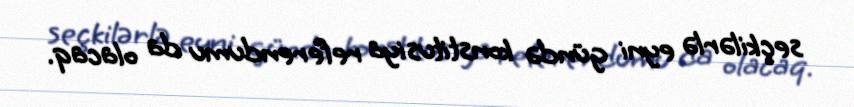
seçkilərlə eyni gündə konstitusiya referendumu da olacaq.